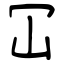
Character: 冚